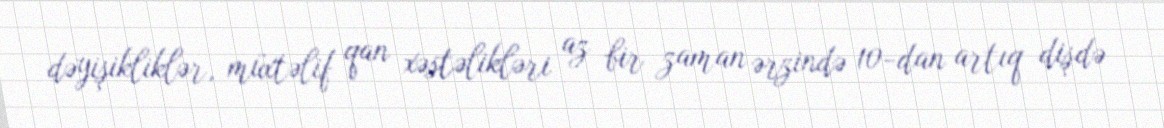
dəyişikliklər, müxtəlif qan xəstəlikləri az bir zaman ərzində 10-dan artıq dişdə